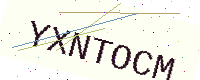
Text: YXNTOCM